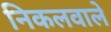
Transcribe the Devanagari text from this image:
निकलवाले